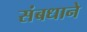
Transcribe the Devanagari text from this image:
संबधाने